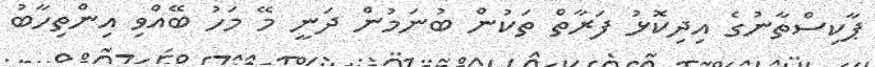
ޕާކިސްތާނުގެ އިދިކޮޅު ފަރާތް ތަކުން ބުނަމުން ދަނީ މޭ މަހު ބޭއްވި އިންތިހާބު